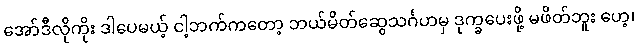
အော်ဒီလိုကိုး ဒါပေမယ့် ငါ့ဘက်ကတော့ ဘယ်မိတ်ဆွေသင်္ဂဟမှ ဒုက္ခပေးဖို့ မဖိတ်ဘူး ဟေ့၊